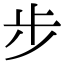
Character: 步